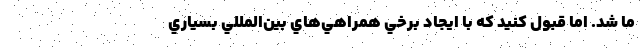
ما شد. اما قبول كنيد كه با ايجاد برخي همراهي‌هاي بين‌المللي بسياري